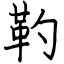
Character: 靮